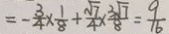
= - \frac { 3 } { 4 } \times \frac { 1 } { 8 } + \frac { \sqrt { 7 } } { 4 } \times \frac { 3 \sqrt { 7 } } { 8 } = \frac { 9 } { 1 6 }